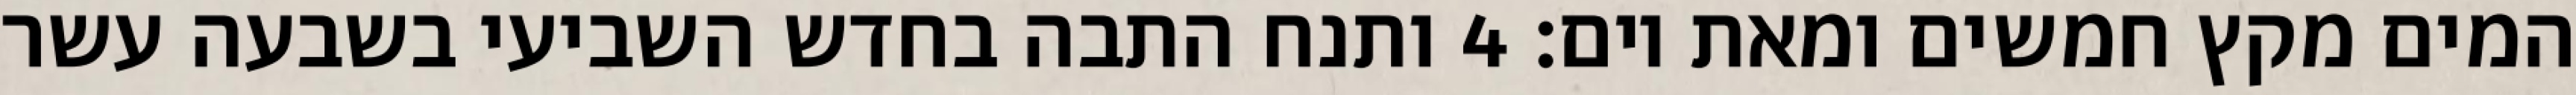
המים מקץ חמשים ומאת יום׃ ‎4‏ ותנח התבה בחדש השביעי בשבעה עשר